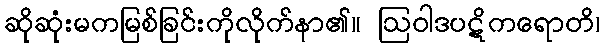
ဆိုဆုံးမကမြစ်ခြင်းကိုလိုက်နာ၏။ ဩဝါဒပဋိကရောတိ၊